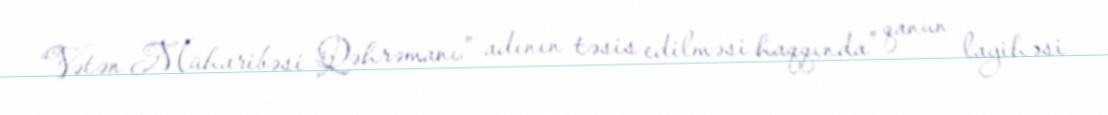
“Vətən Müharibəsi Qəhrəmanı” adının təsis edilməsi haqqında” qanun layihəsi